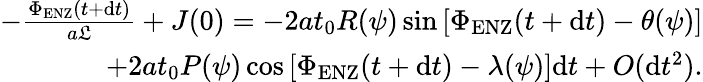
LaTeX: \begin{array}{r}{-\frac{\Phi_{\mathrm{ENZ}}(t+\mathrm{d}t)}{a\mathfrak{L}}+J(0)=-2at_{0}R(\psi)\sin\left[\Phi_{\mathrm{ENZ}}(t+\mathrm{d}t)-\theta(\psi)\right]}\\ {+2at_{0}P(\psi)\cos\left[\Phi_{\mathrm{ENZ}}(t+\mathrm{d}t)-\lambda(\psi)\right]\mathrm{d}t+O(\mathrm{d}t^{2}).}\end{array}